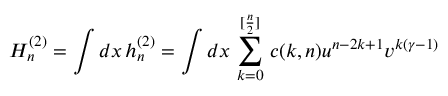
H _ { n } ^ { ( 2 ) } = \int d x \, h _ { n } ^ { ( 2 ) } = \int d x \, \sum _ { k = 0 } ^ { [ { \frac { n } { 2 } } ] } \, c ( k , n ) u ^ { n - 2 k + 1 } v ^ { k ( \gamma - 1 ) }